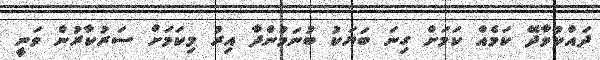
ދައްކުވާދޭ ކަމެއް ކަމަށް ގިނަ ބަޔަކު ބުނަމުންދާ އިރު މިކަމަށް ސަރުކާރުން ވަނީ